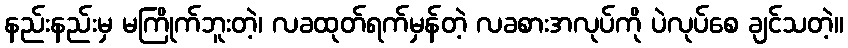
နည်းနည်းမှ မကြိုက်ဘူးတဲ့၊ လခထုတ်ရက်မှန်တဲ့ လခစားအလုပ်ကို ပဲလုပ်စေ ချင်သတဲ့။